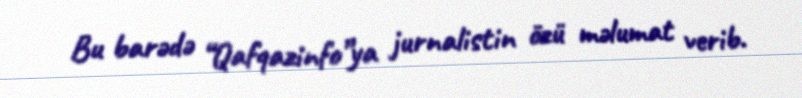
Bu barədə “Qafqazinfo”ya jurnalistin özü məlumat verib.